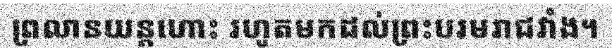
ព្រលានយន្តហោះ រហូតមកដល់ព្រះបរមរាជវាំង។